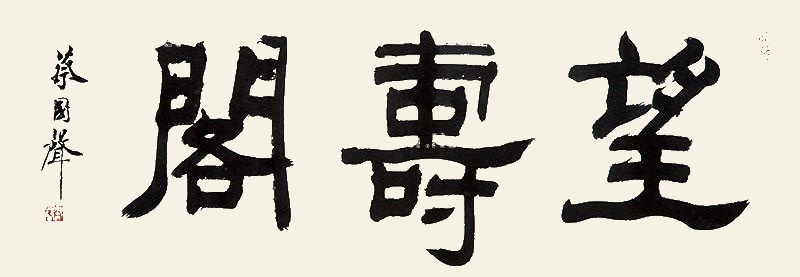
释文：望寿阁蔡国声